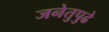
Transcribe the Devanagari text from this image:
जनेतुपुढे